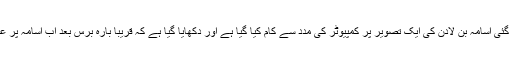
اس تصویر کے لیے سنہ 1998 میں لی گئی اسامہ بن لادن کی ایک تصویر پر کمپیوٹر کی مدد سے کام کیا گیا ہے اور دکھایا گیا ہے کہ قریباً بارہ برس بعد اب اسامہ پر عمر نے ممکنہ طور پر ایسا اثر ڈالا ہوگا۔